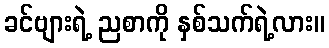
ခင်ဗျားရဲ့ ညစာကို နှစ်သက်ရဲ့လား။